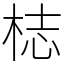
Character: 梽